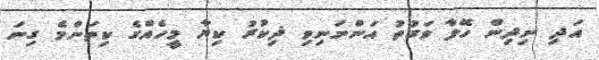
އަދި ނިދިން ހޭލާ ވަގުތު އަންނަނިވި ޛިކުރު ކިޔާ މީހެއްގެ ކިތަންމެ ގިނަ